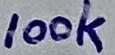
Text: 100k